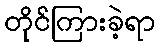
တိုင်ကြားခဲ့ရာ